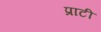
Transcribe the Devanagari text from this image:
प्राटी